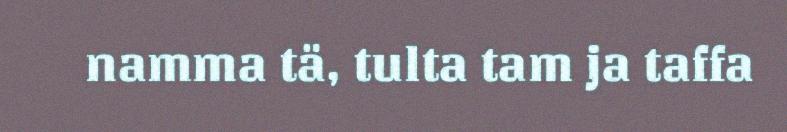
namma tä, tulta tam ja taffa